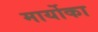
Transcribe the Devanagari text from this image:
मार्योका